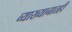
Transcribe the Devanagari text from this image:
व्याख्यानातही